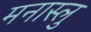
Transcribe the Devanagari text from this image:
मनास्लु